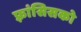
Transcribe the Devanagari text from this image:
फ़्रांसिसको